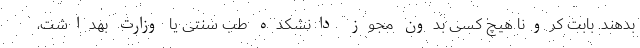
بدهند. بابت کرونا هیچ کسی بدون مجوز دانشکده طب سنتی یا وزارت بهداشت،